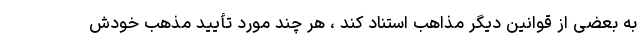
به بعضی از قوانین دیگر مذاهب استناد کند ، هر چند مورد تأیید مذهب خودش